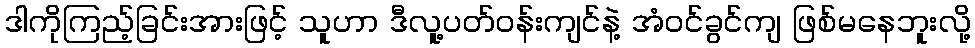
ဒါကိုကြည့်ခြင်းအားဖြင့် သူဟာ ဒီလူ့ပတ်ဝန်းကျင်နဲ့ အံဝင်ခွင်ကျ ဖြစ်မနေဘူးလို့